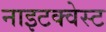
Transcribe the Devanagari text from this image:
नाइटक्वेस्ट